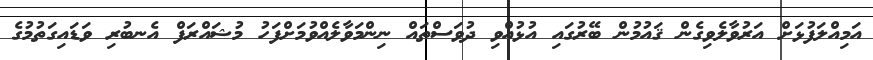
އަމިއްލަފުޅަށް އަރުވާލެވިގެން ޤައުމުން ބޭރުގައި އުޅުއްވި ދުވަސްތައް ނިންމަވާލެއްވުމަށްފަހު މުޝައްރަފް އެނބުރި ވަޑައިގަތުމުގެ